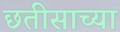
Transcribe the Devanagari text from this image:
छतीसाच्या